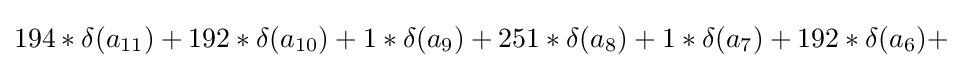
194*\delta (a_{11})+192*\delta (a_{10})+1*\delta (a_{9})+251*\delta (a_{8})+1*\delta (a_{7})+192*\delta (a_{6})+